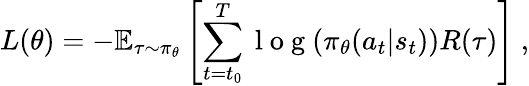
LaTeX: L(\theta)=-\mathbb{E}_{\tau\sim\pi_{\theta}}\left[\sum_{{t=t_{0}}}^{T}\mathrm{~l~o~g~}(\pi_{\theta}(a_{t}|s_{t}))R(\tau)\right]~,